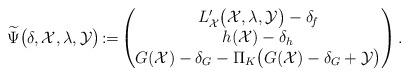
LaTeX: \begin{align*} \widetilde{\Psi}\big(\delta,\mathcal{X},\lambda,\mathcal{Y}\big) \!:=\!\left(\begin{matrix} L_{\mathcal{X}}'\big(\mathcal{X},\lambda,\mathcal{Y}\big)-\delta_{\!f}\\ h(\mathcal{X})-\delta_h\\ G(\mathcal{X})-\delta_G-\Pi_{K}\big(G(\mathcal{X})-\delta_{G}+\mathcal{Y}\big) \end{matrix}\right). \end{align*}